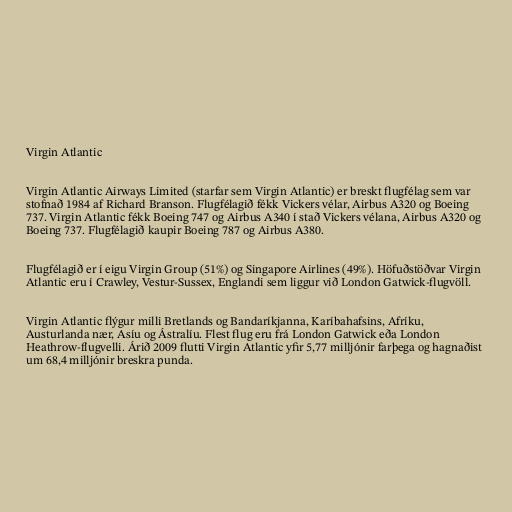
Virgin Atlantic

Virgin Atlantic Airways Limited (starfar sem Virgin Atlantic) er breskt flugfélag sem var
stofnað 1984 af Richard Branson. Flugfélagið fékk Vickers vélar, Airbus A320 og Boeing
737. Virgin Atlantic fékk Boeing 747 og Airbus A340 í stað Vickers vélana, Airbus A320 og
Boeing 737. Flugfélagið kaupir Boeing 787 og Airbus A380.

Flugfélagið er í eigu Virgin Group (51%) og Singapore Airlines (49%). Höfuðstöðvar Virgin
Atlantic eru í Crawley, Vestur-Sussex, Englandi sem liggur við London Gatwick-flugvöll.

Virgin Atlantic flýgur milli Bretlands og Bandaríkjanna, Karíbahafsins, Afríku,
Austurlanda nær, Asíu og Ástralíu. Flest flug eru frá London Gatwick eða London
Heathrow-flugvelli. Árið 2009 flutti Virgin Atlantic yfir 5,77 milljónir farþega og hagnaðist
um 68,4 milljónir breskra punda.